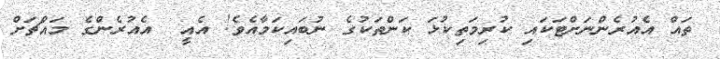
ތައް އެއުރެންނަށްޓަކައި ކުރިމަތިކުޅަ ކަންތަކުގެ ނުބައިކަމާއެވެ! އެއީ  އެއުރެންގެ މައްޗަށް